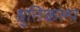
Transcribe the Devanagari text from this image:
श्रुतिकल्प